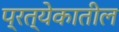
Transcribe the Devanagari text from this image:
प्रत्येकातील